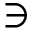
\ni